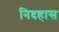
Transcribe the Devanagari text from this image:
निदहास